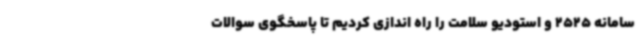
سامانه 2525 و استودیو سلامت را راه اندازی کردیم تا پاسخگوی سوالات